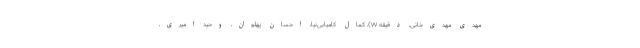
مهدی مهدی‌خانی، دقیقه ۷۷)، کمال کامیابی‌نیا، احسان پهلوان، وحید امیری،